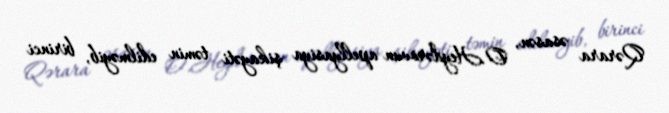
Qərara əsasən, O.Heydərovun apellyasiya şikayəti təmin edilməyib, birinci